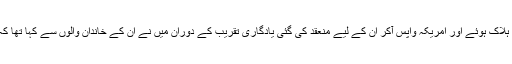
میری بٹالین کے پانچ ارکان یہی کرتے ہوئے ہلاک ہوئے اور امریکہ واپس آکر اُن کے لیے منعقد کی گئی یادگاری تقریب کے دوران میں نے اُن کے خاندان والوں سے کہا تھا کہ اُن کے پیاروں کی قربانی رائیگان نہیں گئی۔